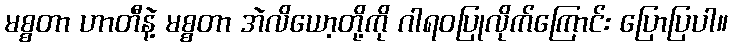
မစ္စတာ ဟာတီနဲ့ မစ္စတာ အဲလိယော့တို့ကို ဂါရဝပြုလိုက်ကြောင်း ပြောပြပါ။